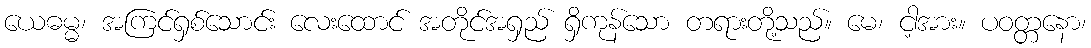
ယေဓမ္မ၊ အကြင်ရှစ်သောင်း လေးထောင် အတိုင်အရှည် ရှိကုန်သော တရားတို့သည်။ မေ၊ ငါ့အား။ ပဝတ္တနော၊